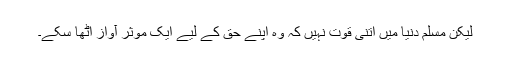
لیکن مسلم دنیا میں اتنی قوت نہیں کہ وہ اپنے حق کے لیے ایک موثر آواز اٹھا سکے۔